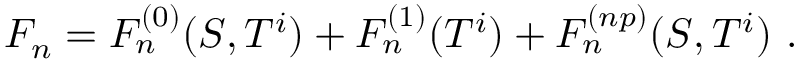
F _ { n } = F _ { n } ^ { ( 0 ) } ( S , T ^ { i } ) + F _ { n } ^ { ( 1 ) } ( T ^ { i } ) + F _ { n } ^ { ( n p ) } ( S , T ^ { i } ) \ .